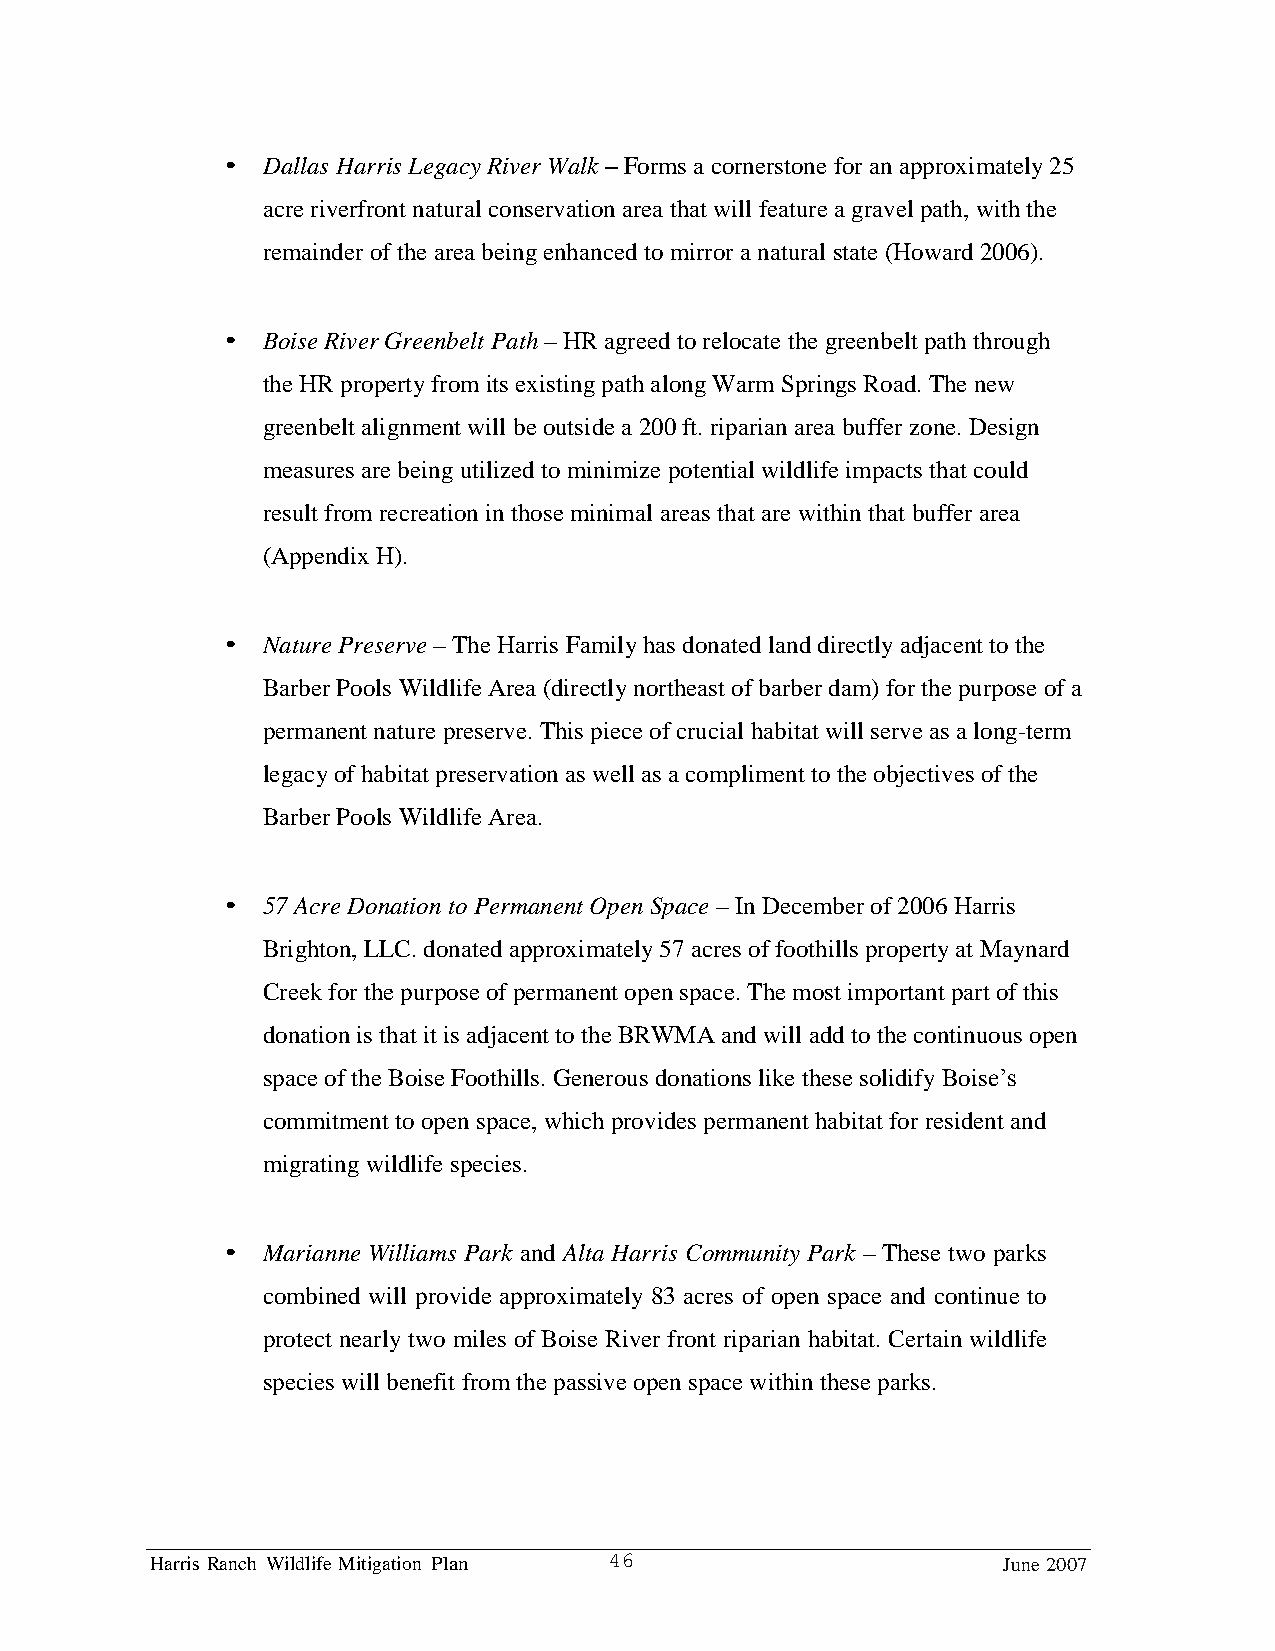
• Dallas Harris Legacy River Walk – Forms a cornerstone for an approximately 25
 acre riverfront natural conservation area that will feature a gravel path, with the
 remainder of the area being enhanced to mirror a natural state (Howard 2006).
 • Boise River Greenbelt Path – HR agreed to relocate the greenbelt path through
 the HR property from its existing path along Warm Springs Road. The new
 greenbelt alignment will be outside a 200 ft. riparian area buffer zone. Design
 measures are being utilized to minimize potential wildlife impacts that could
 result from recreation in those minimal areas that are within that buffer area
 (Appendix H).
 • Nature Preserve – The Harris Family has donated land directly adjacent to the
 Barber Pools Wildlife Area (directly northeast of barber dam) for the purpose of a
 permanent nature preserve. This piece of crucial habitat will serve as a long-term
 legacy of habitat preservation as well as a compliment to the objectives of the
 Barber Pools Wildlife Area.
 • 57 Acre Donation to Permanent Open Space – In December of 2006 Harris
 Brighton, LLC. donated approximately 57 acres of foothills property at Maynard
 Creek for the purpose of permanent open space. The most important part of this
 donation is that it is adjacent to the BRWMA and will add to the continuous open
 space of the Boise Foothills. Generous donations like these solidify Boise’s
 commitment to open space, which provides permanent habitat for resident and
 migrating wildlife species.
 • Marianne Williams Park and Alta Harris Community Park – These two parks
 combined will provide approximately 83 acres of open space and continue to
 protect nearly two miles of Boise River front riparian habitat. Certain wildlife
 species will benefit from the passive open space within these parks.
 Harris Ranch Wildlife Mitigation Plan 46                June 2007